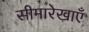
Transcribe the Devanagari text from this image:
सीमारेखाएँ